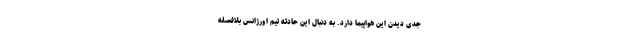
جدی دیدن این هواپیما دارد. به دنبال این حادثه تیم اورژانس بلافصله